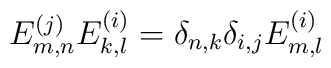
E_{m,n}^{(j)} E_{k,l}^{(i)}= \delta_{n,k} \delta_{i,j} E_{m,l}^{(i)}